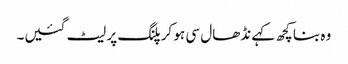
وہ بنا کچھ کہے نڈھال سی ہو کر پلنگ پر لیٹ گئیں۔